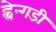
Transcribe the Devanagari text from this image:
ह्वेन्गडी